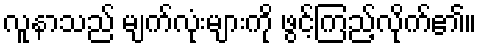
လူနာသည် မျက်လုံးများကို ဖွင့်ကြည့်လိုက်၏။